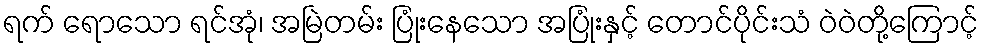
ရက် ရောသော ရင်အုံ၊ အမြဲတမ်း ပြုံးနေသော အပြုံးနှင့် တောင်ပိုင်းသံ ဝဲဝဲတို့ကြောင့်